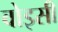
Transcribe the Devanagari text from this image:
वोइसीं